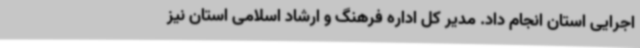
اجرایی استان انجام داد. مدیر کل اداره فرهنگ و ارشاد اسلامی استان نیز